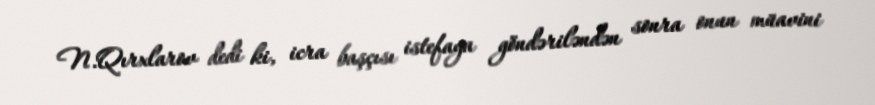
N.Qırxlarov dedi ki, icra başçısı istefaya göndəriləndən sonra onun müavini